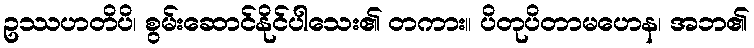
ဥဿဟတိပိ၊ စွမ်းဆောင်နိုင်ပါသေး၏ တကား။ ပိတုပိတာမဟေန၊ အဘ၏